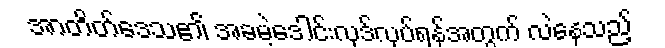
အာတိတ်ဒေသ၏ အခမဲ့ဒေါင်းလုဒ်လုပ်ရန်အတွက် လဲနေသည့်